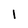
Character: l